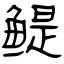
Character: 鳀